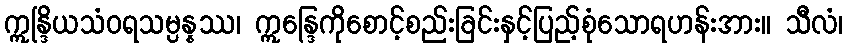
ဣန္ဒြိယသံဝရသမ္ပန္နဿ၊ ဣန္ဒြေကိုစောင့်စည်းခြင်းနှင့်ပြည့်စုံသောရဟန်းအား။ သီလံ၊